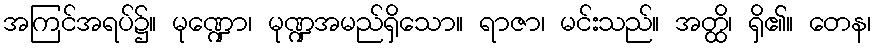
အကြင်အရပ်၌။ မုဏ္ဍော၊ မုဏ္ဍအမည်ရှိသော။ ရာဇာ၊ မင်းသည်။ အတ္ထိ၊ ရှိ၏။ တေန၊